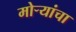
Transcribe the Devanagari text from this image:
मोर्‍यांचा